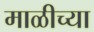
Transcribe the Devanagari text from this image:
माळीच्या